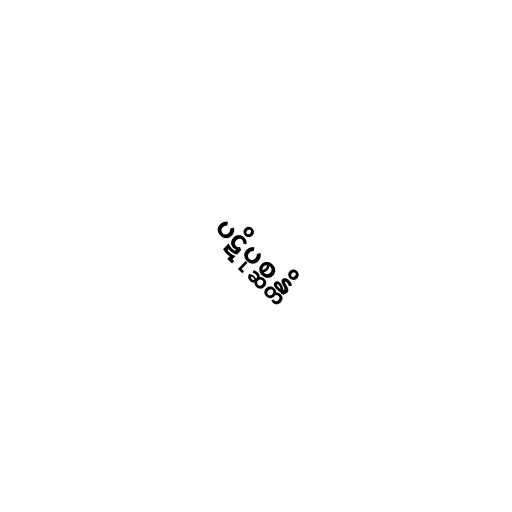
ပဋိပုစ္ဆန္တိ